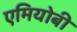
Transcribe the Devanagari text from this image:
एमियोबी